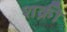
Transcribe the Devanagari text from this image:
शक्री